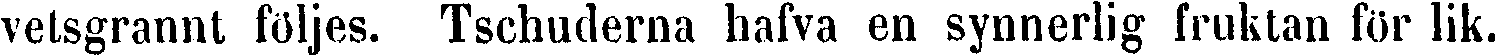
vetsgrannt följes. Tschuderna hafva en synnerlig fruktan för lik.